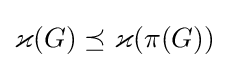
\varkappa (G)\preceq \varkappa (\pi (G))